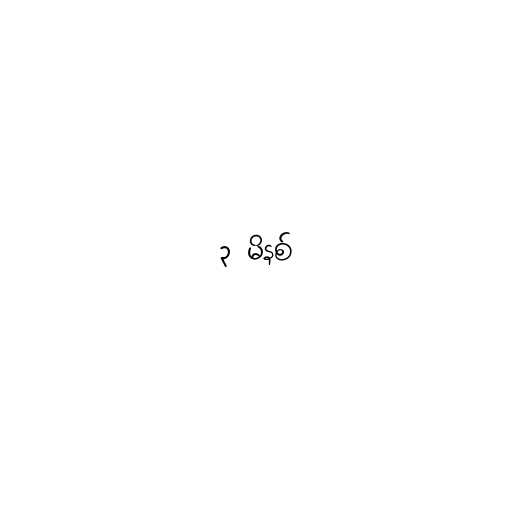
၃ မိနစ်